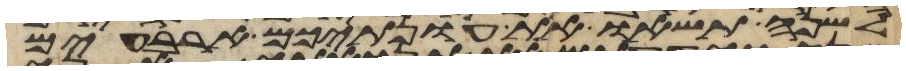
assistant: לשנה תשאו את עונתיכם ארבעים